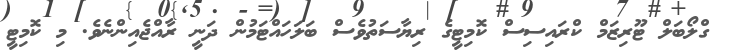
ގްލޯބަލް ޓޫރިޒަމް ކްރައިސިސް ކޮމިޓީގެ ރިޔާސަތުވެސް ބަލަހައްޓަމުން ދަނީ ރާއްޖެއިންނެވެ. މި ކޮމިޓީ